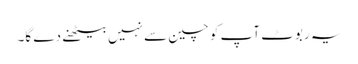
یہ ربوٹ آپ کو چین سے نہیں بیٹھنے دے گا۔